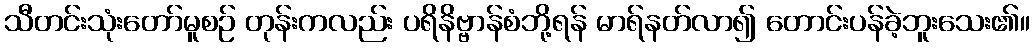
သီတင်းသုံးတော်မူစဉ် တုန်းကလည်း ပရိနိဗ္ဗာန်စံဘို့ရန် မာရ်နတ်လာ၍ တောင်းပန်ခဲ့ဘူးသေး၏။